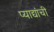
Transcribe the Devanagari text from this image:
प्याद्यांची